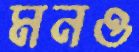
মনও